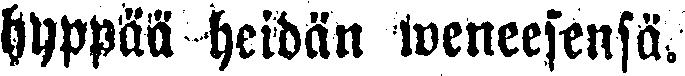
hyppää heidän weneeseensä.